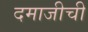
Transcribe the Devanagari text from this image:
दमाजीची